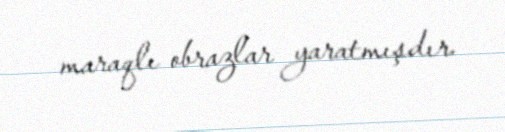
maraqlı obrazlar yaratmışdır.